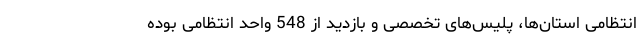
انتظامی استان‌ها، پلیس‌های تخصصی و بازدید از 548 واحد انتظامی بوده